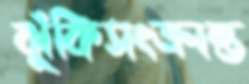
ঝুঁকিসংক্রান্ত